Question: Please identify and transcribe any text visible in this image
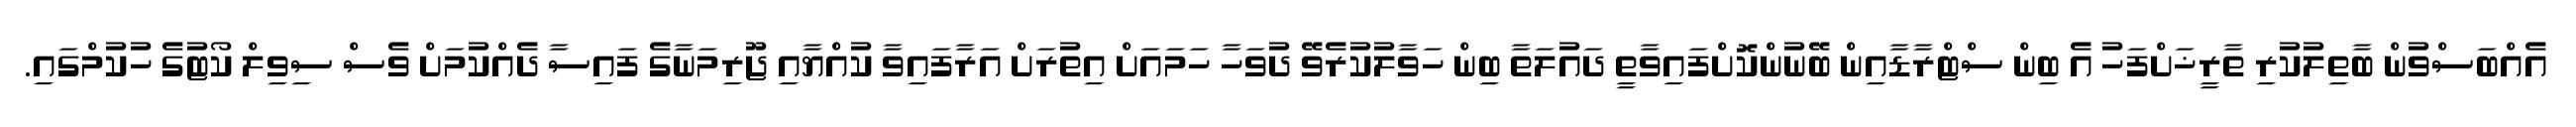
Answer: އެއްބަސްވުން ބާތިލުކުރި ތާރީޚަށްފަހު އެ ބިން ސްޓްރާޑާއިން ބޭނުންކޮށްފައިވާތީ ދައުލަތާ ބިން ހަވާލުކުރެވޭ ދުވަހާ ހަމައަށް އިތުރަށް އަރާފައިވާ ކުއްޔާއި ޖޫރިމަނާގެ ފައިސާ ދެއްކުމަށް ވެސް ސިވިލް ކޯޓުގެ ހުކުމްގައި.